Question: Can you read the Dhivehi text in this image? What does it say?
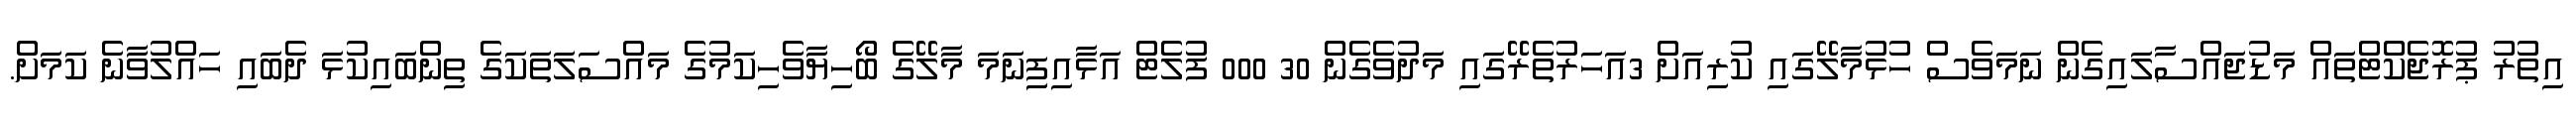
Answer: އިތުރު ޕުރޮޖެކްޓްތައް މަޑުޖައްސާލައިގެން ނަމަވެސް ހުޅުމާލޭގައި ކުރިއަށް 3އަހަރުތެރޭގައި މަދުވެގެން 30 000 ފުލެޓް އަޅާއިފިިނަމަ މާލޭގެ ބޯހިޔާވެހިކަމުގެ މައްސަލަތަކަގެ ތިންބައިކުޅަ ދެބައި ހައްލުވާނެ ކަމަށް.